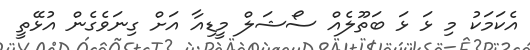
އެކަމަކު މި ޅަ ޅަ ބަތޫލެއް ސޯޝަލް މީޑިއާ އަށް ގިނަވެގެން އުޅޭތީ